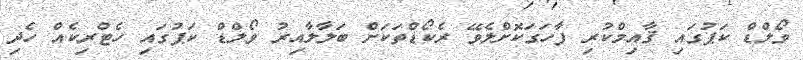
ވޯލްޑް ކަޕުގައި ޤާއިމްކުރި ފާހަގަކޮށްލެވޭ ރެކޯޑްތަކަށް ބަލާލާއިރު ވޯލްޑް ކަޕުގައި ހެޓްރިކެއް ހެދި